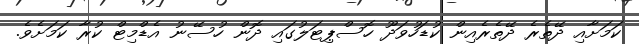
ކަމަށާއި ދޭތެރެ ދޭތެރެއިން ކުޑަހުވަދޫ ހޮސްޕިޓަލުގައި ދޮން ހުސޭނު އެޑްމިޓް ކުރާ ކަމަށެވެ.